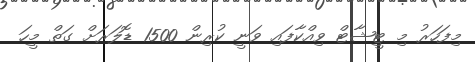
މިފަހަރު މި ޓީޝާޓް ވިއްކާފައި ވަނީ ކުރިން 1500 ޑޮލަރަށް ގަތް މީހަ